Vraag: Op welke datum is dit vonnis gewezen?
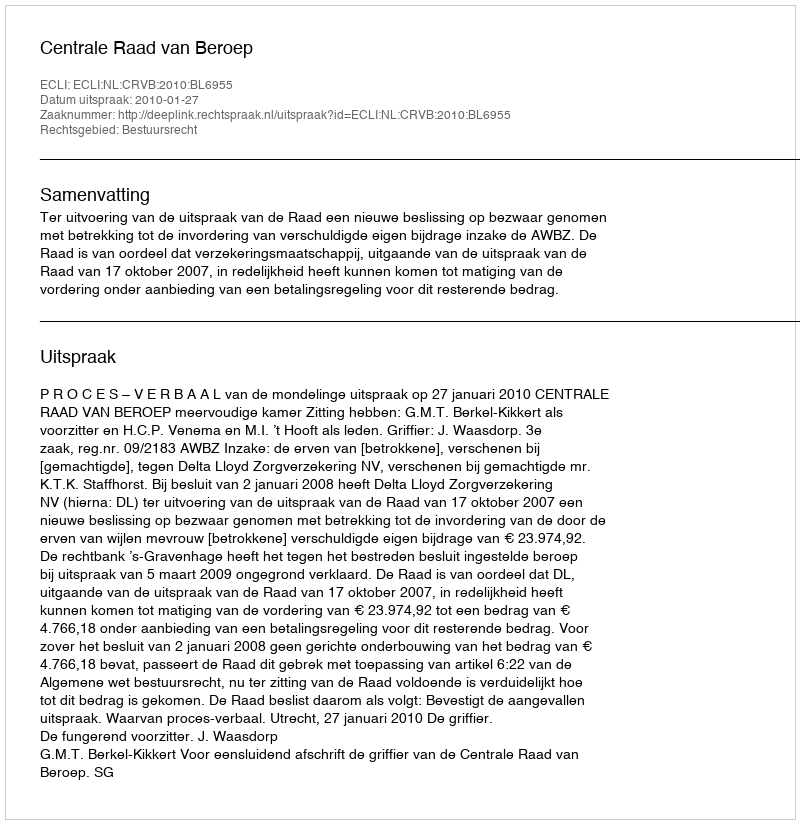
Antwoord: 2010-01-27